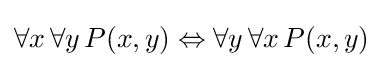
\forall x\,\forall y\,P(x,y)\Leftrightarrow \forall y\,\forall x\,P(x,y)